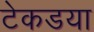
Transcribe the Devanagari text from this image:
टेकडया